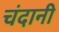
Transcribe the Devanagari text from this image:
चंदानी